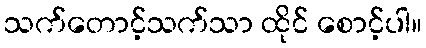
သက်တောင့်သက်သာ ထိုင် စောင့်ပါ။